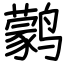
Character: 鹲